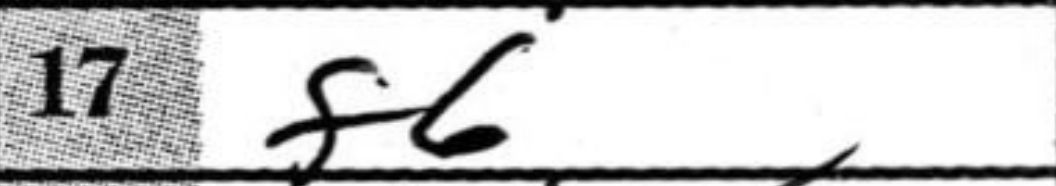
Transcription: f6